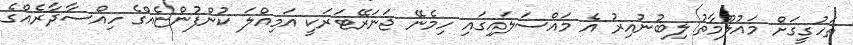
ތަހުގީގަށް މައުލޫމާތު ލިބުނުއިރު އެ މައްސަލައިގައި ހިމެނޭ ޖަނަރޭޓަރަކީ އަމިއްލަ ކުންފުންޏެއްގެ ހިއްސާދާރެއްގެ